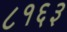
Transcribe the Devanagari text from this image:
८१६३